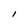
Character: I